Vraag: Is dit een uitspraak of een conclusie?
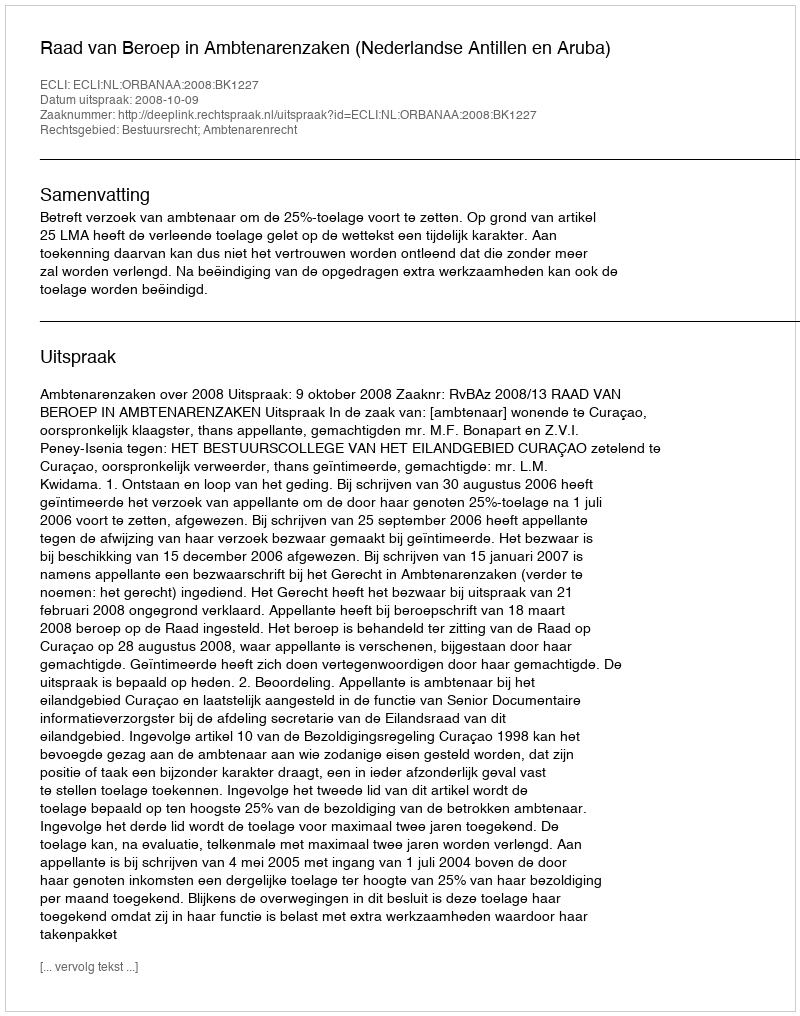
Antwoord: Uitspraak